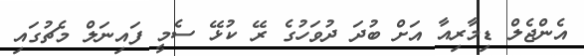
އެންޖެލް ޑިމާރިއާ އަށް ބުދަ ދުވަހުގެ ރޭ ކުޅޭ ސެމީ ފައިނަލް މެޗުގައި